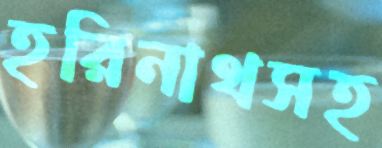
হরিনাথসহ